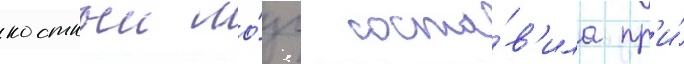
костныи мо́зг соста́в'ила пр'и́